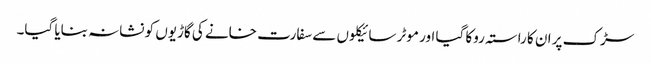
سڑک پر ان کا راستہ روکا گیا اور موٹر سائیکلوں سے سفارت خانے کی گاڑیوں کو نشانہ بنایا گیا۔